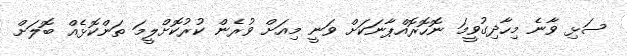
ސަޅި ވާނެ މިހާދިގުވީމަ ނޮހޮރޮއްޕާނަކަށް ވަނީ މިއަށް ވުރެން ކުރުކޮށްލީމަ ތަންކޮޅެއް ބޮލަށް